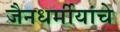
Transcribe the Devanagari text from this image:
जैनधर्मीयांचे